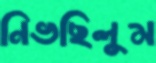
নিভছিলুম